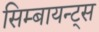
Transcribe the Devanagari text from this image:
सिम्बायन्ट्स